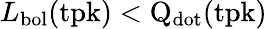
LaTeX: L_{\mathrm{bol}}(\mathrm{tpk)<Q_{\mathrm{dot}}(\mathrm{tpk)}}